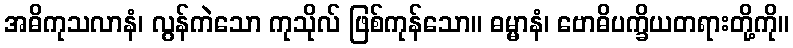
အဓိကုသလာနံ၊ လွန်ကဲသော ကုသိုလ် ဖြစ်ကုန်သော။ ဓမ္မာနံ၊ ဗောဓိပက္ခိယတရားတို့ကို။